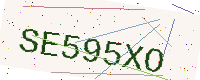
Text: SE595XO